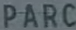
PARC